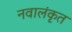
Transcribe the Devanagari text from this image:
नवालंकृत